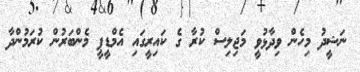
ނަޝީދު މިހެން ވިދާޅުވީ މަޖިލިސް ކުރާ ގެ ކައިރީގައި އެމްޑީޕީ މެންބަރުން ކުރަމުންދާ